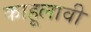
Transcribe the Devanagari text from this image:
काहूलावी